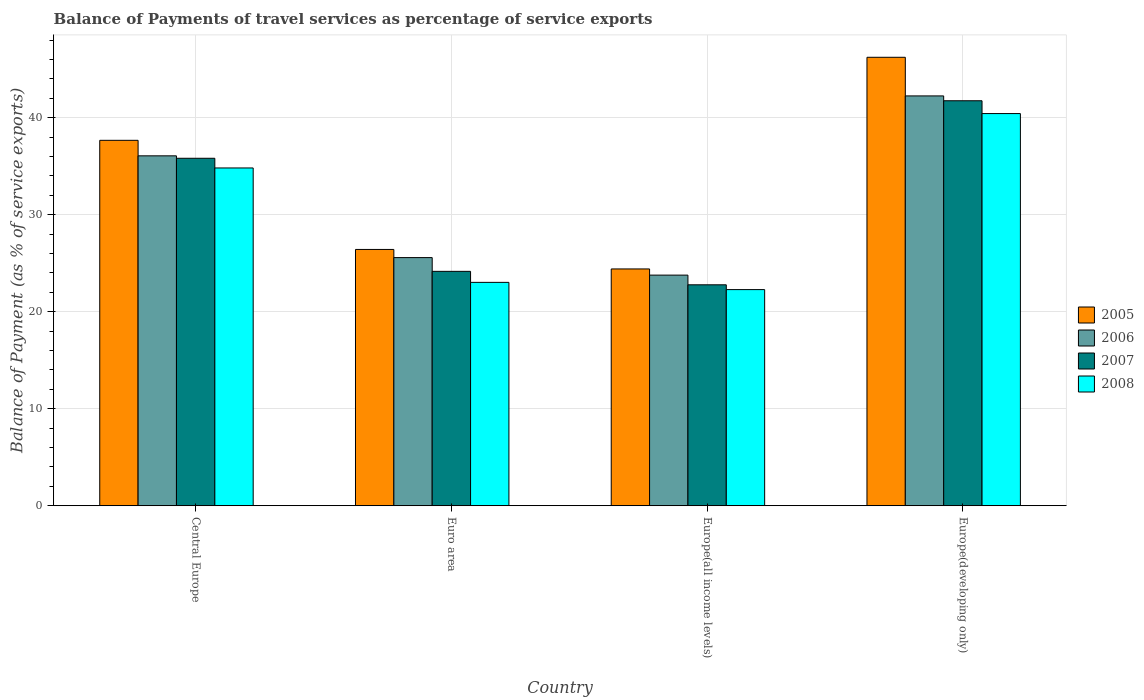
| Country | 2005 | 2006 | 2007 | 2008 |
 | --- | --- | --- | --- | --- |
 | Central Europe | 37.7 | 36.1 | 35.8 | 34.8 |
 | Euro area | 26.4 | 25.6 | 24.2 | 23 |
 | Europe(all income levels) | 24.4 | 23.8 | 22.8 | 22.3 |
 | Europe(developing only) | 46.2 | 42.3 | 41.8 | 40.4 |